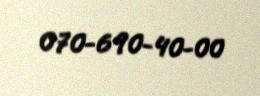
070-690-40-00